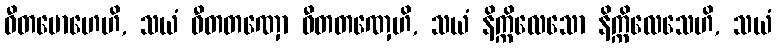
ဝီတမောဟေဟိ, သယံ ဝီတတဏှော ဝီတတဏှေဟိ, သယံ နိက္ကိလေသော နိက္ကိလေသေဟိ, သယံ